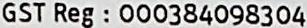
GST REG : 000384098304